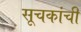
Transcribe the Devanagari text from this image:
सूचकांची